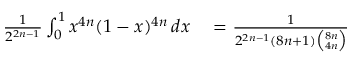
\begin{array} { r l } { { \frac { 1 } { 2 ^ { 2 n - 1 } } } \int _ { 0 } ^ { 1 } x ^ { 4 n } ( 1 - x ) ^ { 4 n } \, d x } & { { } = { \frac { 1 } { 2 ^ { 2 n - 1 } ( 8 n + 1 ) { \binom { 8 n } { 4 n } } } } } \end{array}